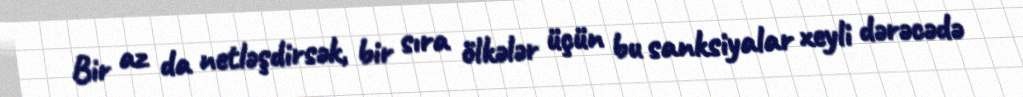
Bir az da netləşdirsək, bir sıra ölkələr üçün bu sanksiyalar xeyli dərəcədə